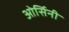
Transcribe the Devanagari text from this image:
ओर्सिनी